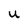
Character: u